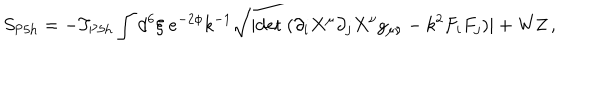
S _ { \mathrm { P 5 h } } = - T _ { \mathrm { P 5 h } } \int d ^ { 6 } \xi \ e ^ { - 2 { \phi } } k ^ { - 1 } \sqrt { | \mathrm { d e t } \ ( \partial _ { i } X ^ { \mu } \partial _ { j } { X } ^ { \nu } g _ { \mu \nu } - k ^ { 2 } F _ { i } F _ { j } ) | } + \mathrm { W Z } \, ,